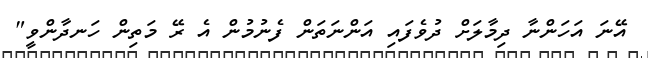
އޭނަ އަހަންނާ ދިމާލަށް ދުވެފައި އަންނަތަން ފެނުމުން އެ ރޭ މަތިން ހަނދާންވީ"